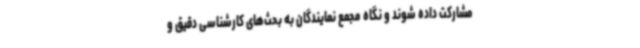
مشارکت داده شوند و نگاه مجمع نمایندگان به بحث‌های کارشناسی دقیق و